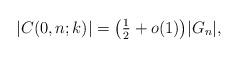
LaTeX: \begin{align*}|C(0,n;k)|=\bigl(\tfrac{1}{2}+o(1)\bigr)|G_{n}|,\end{align*}